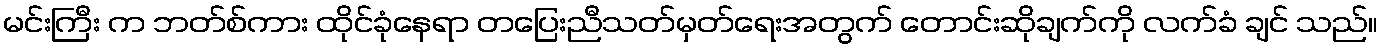
မင်းကြီး က ဘတ်စ်ကား ထိုင်ခုံနေရာ တပြေးညီသတ်မှတ်ရေးအတွက် တောင်းဆိုချက်ကို လက်ခံ ချင် သည်။